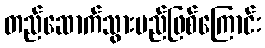
တည်ဆောက်သွားမည်ဖြစ်ကြောင်း